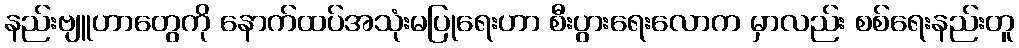
နည်းဗျူဟာတွေကို နောက်ထပ်အသုံးမပြုရေးဟာ စီးပွားရေးလောက မှာလည်း စစ်ရေးနည်းတူ